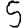
Digit: 5